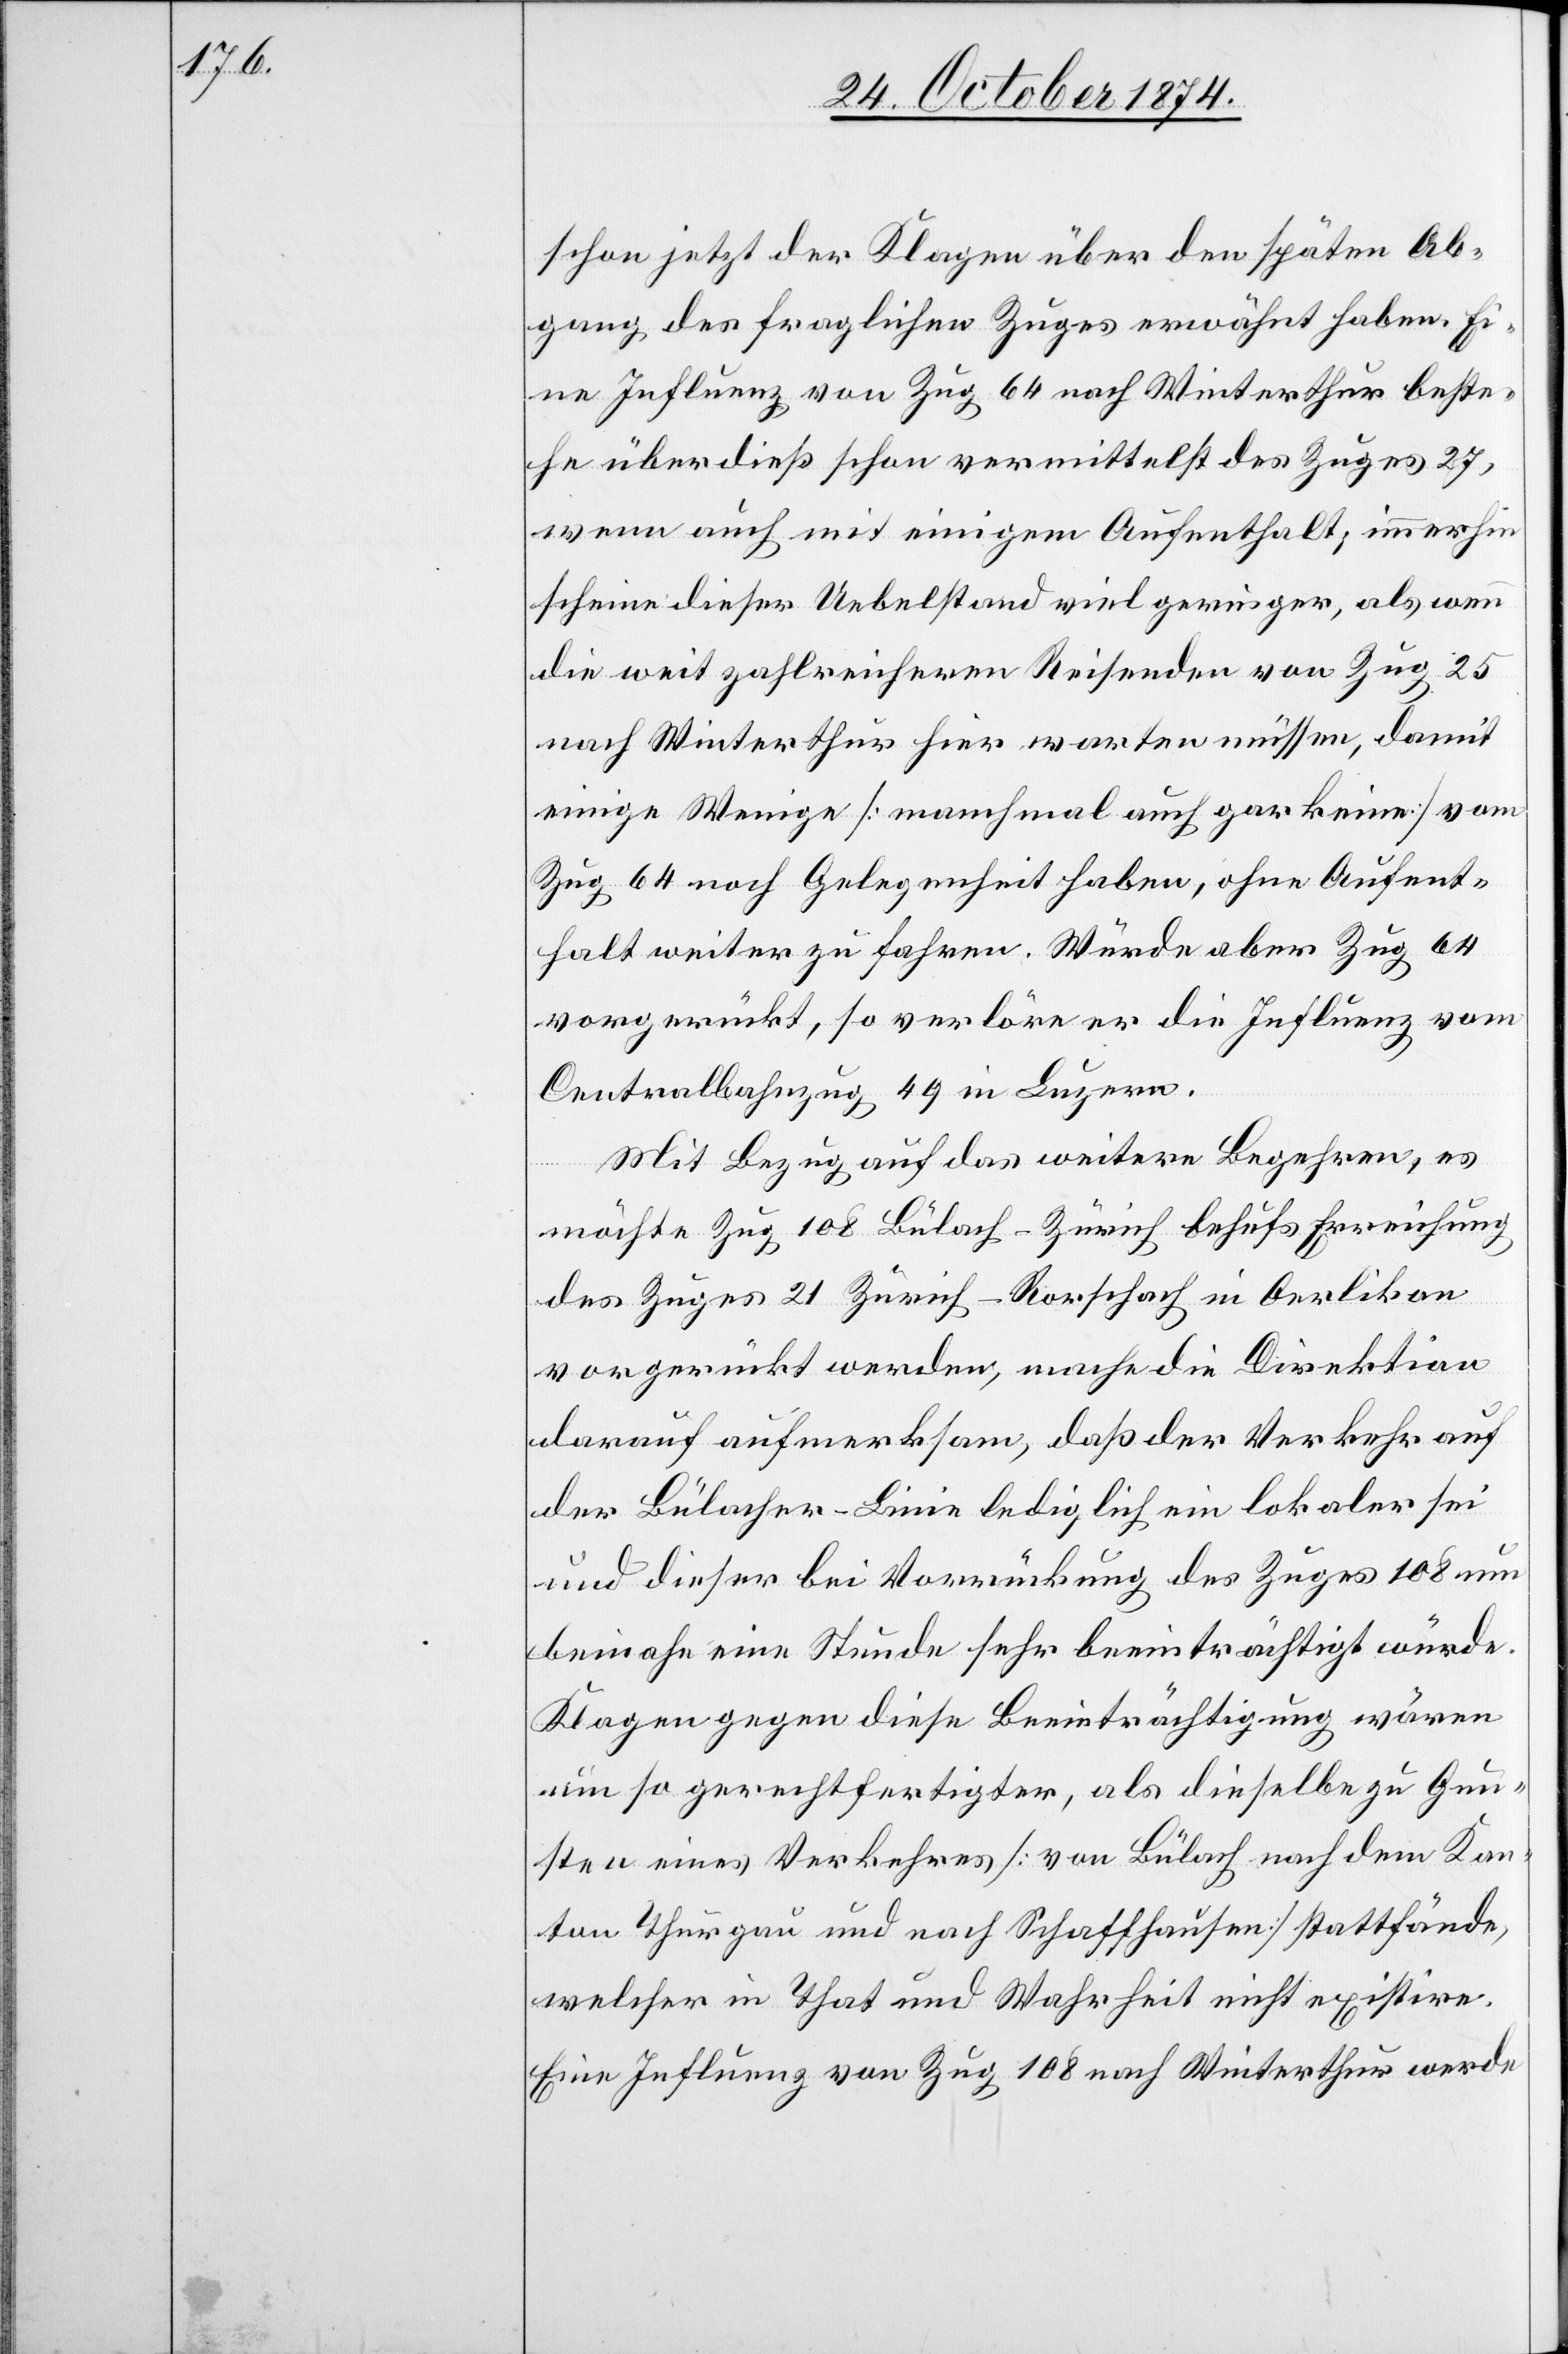
schon jetzt der [sic!] Klagen über den späten Ab¬
gang des fraglichen Zuges erwähnt haben. Ei¬
ne Influenz von Zug 64 nach Winterthur beste¬
he überdieß schon vermittelst des Zuges 27,
wenn auch mit einigem Aufenthalt, immerhin
scheine dieser Uebelstand viel geringer, als wenn
die weit zahlreicheren Reisenden von Zug 25
nach Winterthur hier warten müssen, damit
einige Wenige [manchmal auch gar keine] vom
Zug 64 noch Gelegenheit haben, ohne Aufent¬
halt weiter zu folgen. Würde aber Zug 64
vorgerückt, so verlöre er die Influenz vom
Centralbahnzug 49 in Luzern.
Mit Bezug auf das weitere Begehren, es
möchte Zug 108 Bülach–Zürich behufs Erreichung
des Zuges 21 Zürich–Rorschach in Oerlikon
vorgerückt werden, mache die Direktion
darauf aufmerksam, daß der Verkehr auf
der Bülacher-Linie lediglich ein lokaler sei
und dieser bei Vorrückung des Zuges 108 nun
beinahe eine Stunde sehr beeinträchtigt würde.
Klagen gegen diese Beeinträchtigung wären
um so gerechtfertigter, als dieselbe zu Gun¬
sten eines Verkehres [von Bülach nach dem Kan¬
ton Thurgau und nach Schaffhausen] stattfände,
welcher in That und Wahrheit nicht existire.
Eine Influenz von Zug 108 nach Winterthur werde